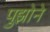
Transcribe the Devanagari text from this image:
पुझोने